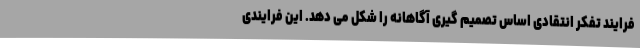
فرایند تفکر انتقادی اساس تصمیم گیری آگاهانه را شکل می دهد. این فرایندی